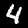
Digit: 4